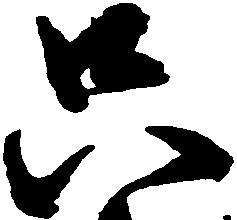
只